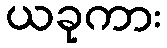
ယခုကား